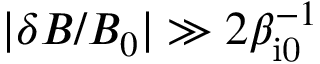
| \delta B / B _ { 0 } | \gg 2 \beta _ { \mathrm { i 0 } } ^ { - 1 }